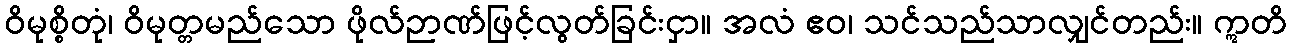
ဝိမုစ္စိတုံ၊ ဝိမုတ္တမည်သော ဖိုလ်ဉာဏ်ဖြင့်လွတ်ခြင်းငှာ။ အလံ ဧဝ၊ သင်သည်သာလျှင်တည်း။ ဣတိ